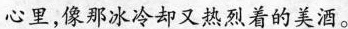
心里，像那冰冷却又热烈着的美酒。